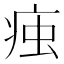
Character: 痋